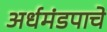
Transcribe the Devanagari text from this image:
अर्धमंडपाचे